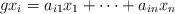
LaTeX: \begin{align*}gx_i=a_{i1}x_1+\cdots +a_{in}x_n\end{align*}